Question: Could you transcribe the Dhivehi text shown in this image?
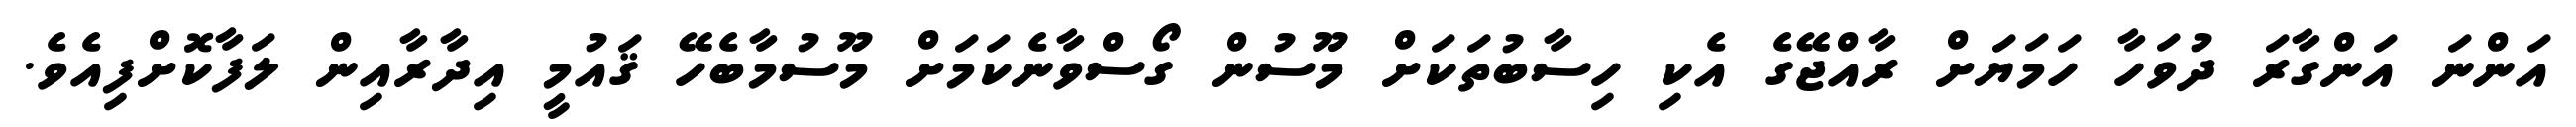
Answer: އަންނަ އަންގާރަ ދުވަހާ ހަމަޔަށް ރާއްޖޭގެ އެކި ހިސާބުތަކަށް މޫސުން ގޯސްވާނެކަމަށް މޫސުމާބެހޭ ޤައުމީ އިދާރާއިން ލަފާކޮށްފިއެވެ.